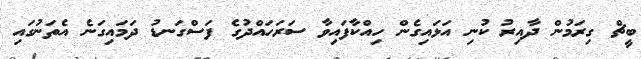
ބީޗް ގިރަމުން ދާއިރު ކުނި އަޅައިގެން ހިއްކާފައިވާ ސަރަހައްދުގެ ފަސްގަނޑު ދަމައިގަނެ އެތަނުގައި